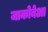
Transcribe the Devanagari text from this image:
जाकोबेआ